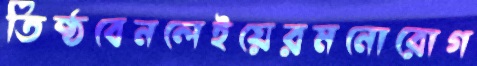
তিষ্ঠবেনলেইয়েরমনোরোগ